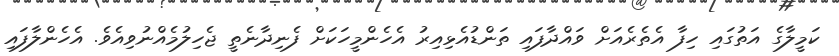
ކަމީލާގެ އަތުގައި ހިފާ އެތެރެއަށް ވައްދާފައި ތަންޑުއެޅިއިރު އެހެންމީހަކަށް ފެނިދާނެތީ ޖެހިލުމެއްނުވިއެވެ. އެހެންލާފައި